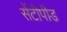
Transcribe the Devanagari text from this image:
सेंटीपीड